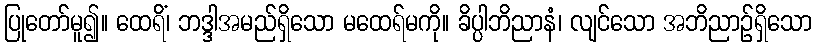
ပြုတော်မူ၍။ ထေရိံ၊ ဘဒ္ဒါအမည်ရှိသော မထေရ်မကို။ ခိပ္ပါဘိညာနံ၊ လျင်သော အဘိညာဉ်ရှိသော